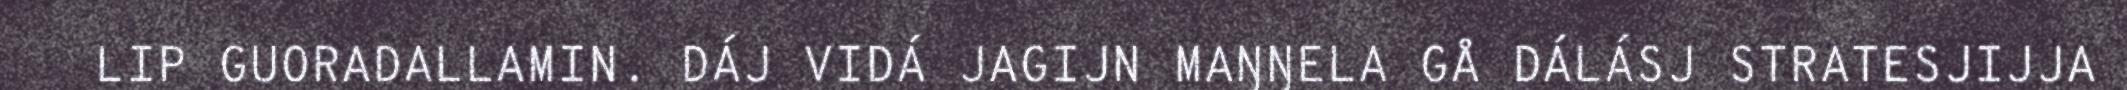
LIP GUORADALLAMIN. DÁJ VIDÁ JAGIJN MAŊŊELA GÅ DÁLÁSJ STRATESJIJJA